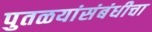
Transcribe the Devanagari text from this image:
पुतळयांसंबंधीचा